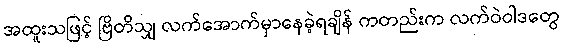
အထူးသဖြင့် ဗြိတိသျှ လက်အောက်မှာနေခဲ့ရချိန် ကတည်းက လက်ဝဲဝါဒတွေ